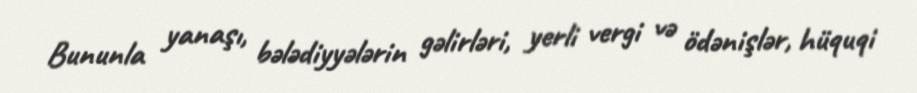
Bununla yanaşı, bələdiyyələrin gəlirləri, yerli vergi və ödənişlər, hüquqi